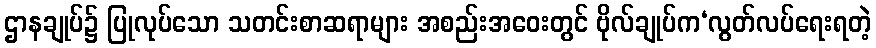
ဌာနချုပ်၌ ပြုလုပ်သော သတင်းစာဆရာများ အစည်းအဝေးတွင် ဗိုလ်ချုပ်က‘လွတ်လပ်ရေးရတဲ့